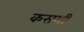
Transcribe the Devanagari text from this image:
कसगी